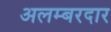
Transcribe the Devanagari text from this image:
अलम्बरदार